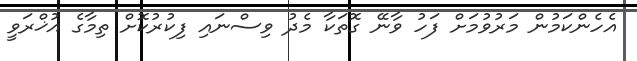
އެހެންކަމުން މަރުވުމަށް ފަހު ވާނޭ ގޮތަކާ މެދު ވިސްނައި ފިކުރުކޮށް ތިމާގެ އުޚްރަވީ